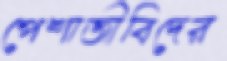
পেশাজীবিদের